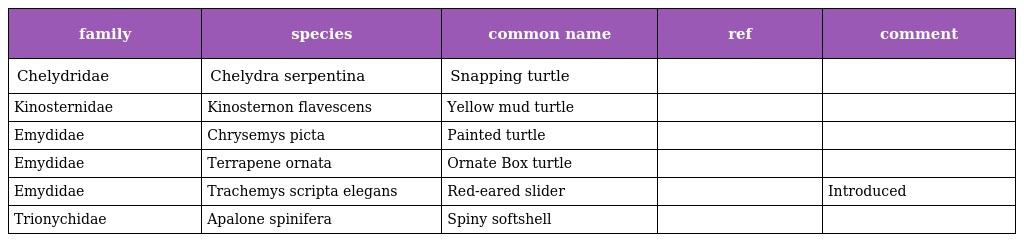
| family | species | common name | ref | comment |
 | --- | --- | --- | --- | --- |
 | Chelydridae | Chelydra serpentina | Snapping turtle |  |  |
 | Kinosternidae | Kinosternon flavescens | Yellow mud turtle |  |  |
 | Emydidae | Chrysemys picta | Painted turtle |  |  |
 | Emydidae | Terrapene ornata | Ornate Box turtle |  |  |
 | Emydidae | Trachemys scripta elegans | Red-eared slider |  | Introduced |
 | Trionychidae | Apalone spinifera | Spiny softshell |  |  |